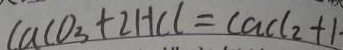
C a C O _ { 3 } + 2 H C l = C a C l _ { 2 } + 1 \cdot